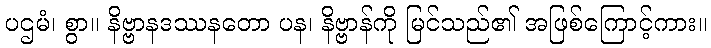
ပဌမံ၊ စွာ။ နိဗ္ဗာနဒဿနတော ပန၊ နိဗ္ဗာန်ကို မြင်သည်၏ အဖြစ်ကြောင့်ကား။